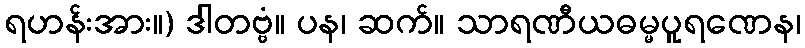
ရဟန်းအား။) ဒါတဗ္ဗံ။ ပန၊ ဆက်။ သာရဏီယဓမ္မပူရဏေန၊